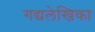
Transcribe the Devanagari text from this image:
गद्यलेखिका